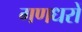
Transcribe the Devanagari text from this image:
गणधरों